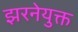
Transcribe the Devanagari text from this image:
झरनेयुक्त